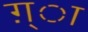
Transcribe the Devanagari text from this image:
ग़्ा